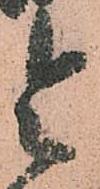
令